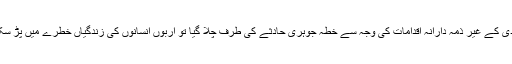
اگر مودی کے غیر ذمہ دارانہ اقدامات کی وجہ سے خطہ جوہری حادثے کی طرف چلا گیا تو اربوں انسانوں کی زندگیاں خطرے میں پڑ سکتی ہیں۔